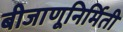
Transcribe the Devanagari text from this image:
बीजाणूनिर्मिती